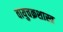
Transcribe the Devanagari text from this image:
वायुचक्रशास्त्र